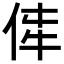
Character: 𪜼